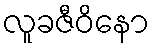
လူခဇီဝိနော